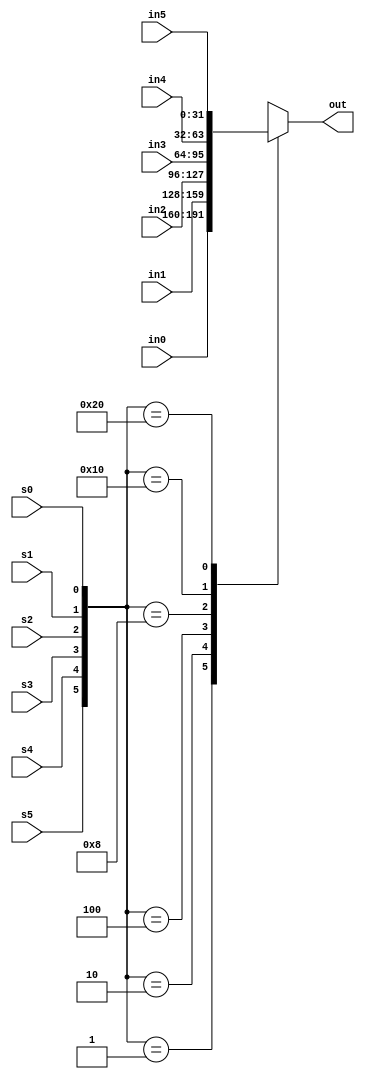
module Mmux6d (out, in0, s0, in1, s1, in2, s2, in3, s3, in4, s4, in5, s5);
parameter bits = 32;	
output [bits-1:0] out;
input [bits-1:0] in0, in1, in2, in3, in4, in5;
input s0, s1, s2, s3, s4, s5;
	reg [bits-1:0] out;
	always @ (s0 or s1 or s2 or s3 or s4 or s5
			or in0 or in1 or in2 or in3 or in4 or in5) begin
		case ({s5, s4, s3, s2, s1, s0})	
			6'b000001:	out = in0;
			6'b000010:	out = in1;
			6'b000100:	out = in2;
			6'b001000:	out = in3;
			6'b010000:	out = in4;
			6'b100000:	out = in5;
			default:	out = 65'hx;
		endcase
	end
endmodule